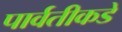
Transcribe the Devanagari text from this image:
पार्वतीकडे